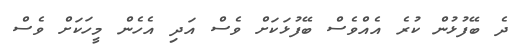
ދެ ބޭފުޅުން ކުރެ އެއްވެސް ބޭފުޅަކަށް ވެސް އަދި އެހެން މީހަކަށް ވެސް